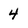
Character: 4